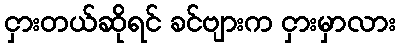
ငှားတယ်ဆိုရင် ခင်ဗျားက ငှားမှာလား